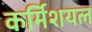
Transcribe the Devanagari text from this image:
कर्मिशयल